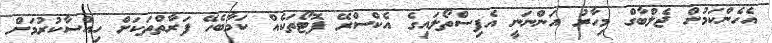
އެހެންކަމުން ޖެލްބާގް މިހާރު އަންނަނީ އެފިސްތޯލައިގެ އެކްސްރޭ ފޮޓޯތަކެއް ކަމާބެހޭ ފަރާތްތަކަށް ހިއްސާކުރުމަށް